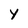
Character: y